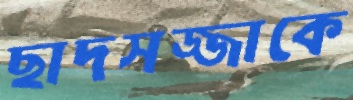
ছাদসজ্জাকে